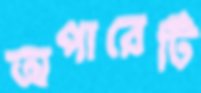
অপারের্টি